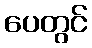
ပေတွင်